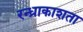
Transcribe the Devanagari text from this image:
रन्ध्राकाशता